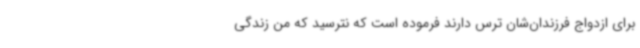
برای ازدواج فرزندان‌شان ترس دارند فرموده است که نترسید که من زندگی